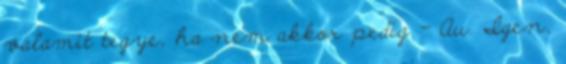
valamit tegye, ha nem akkor pedig - Au. Igen,